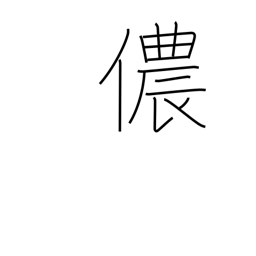
Meaning: his